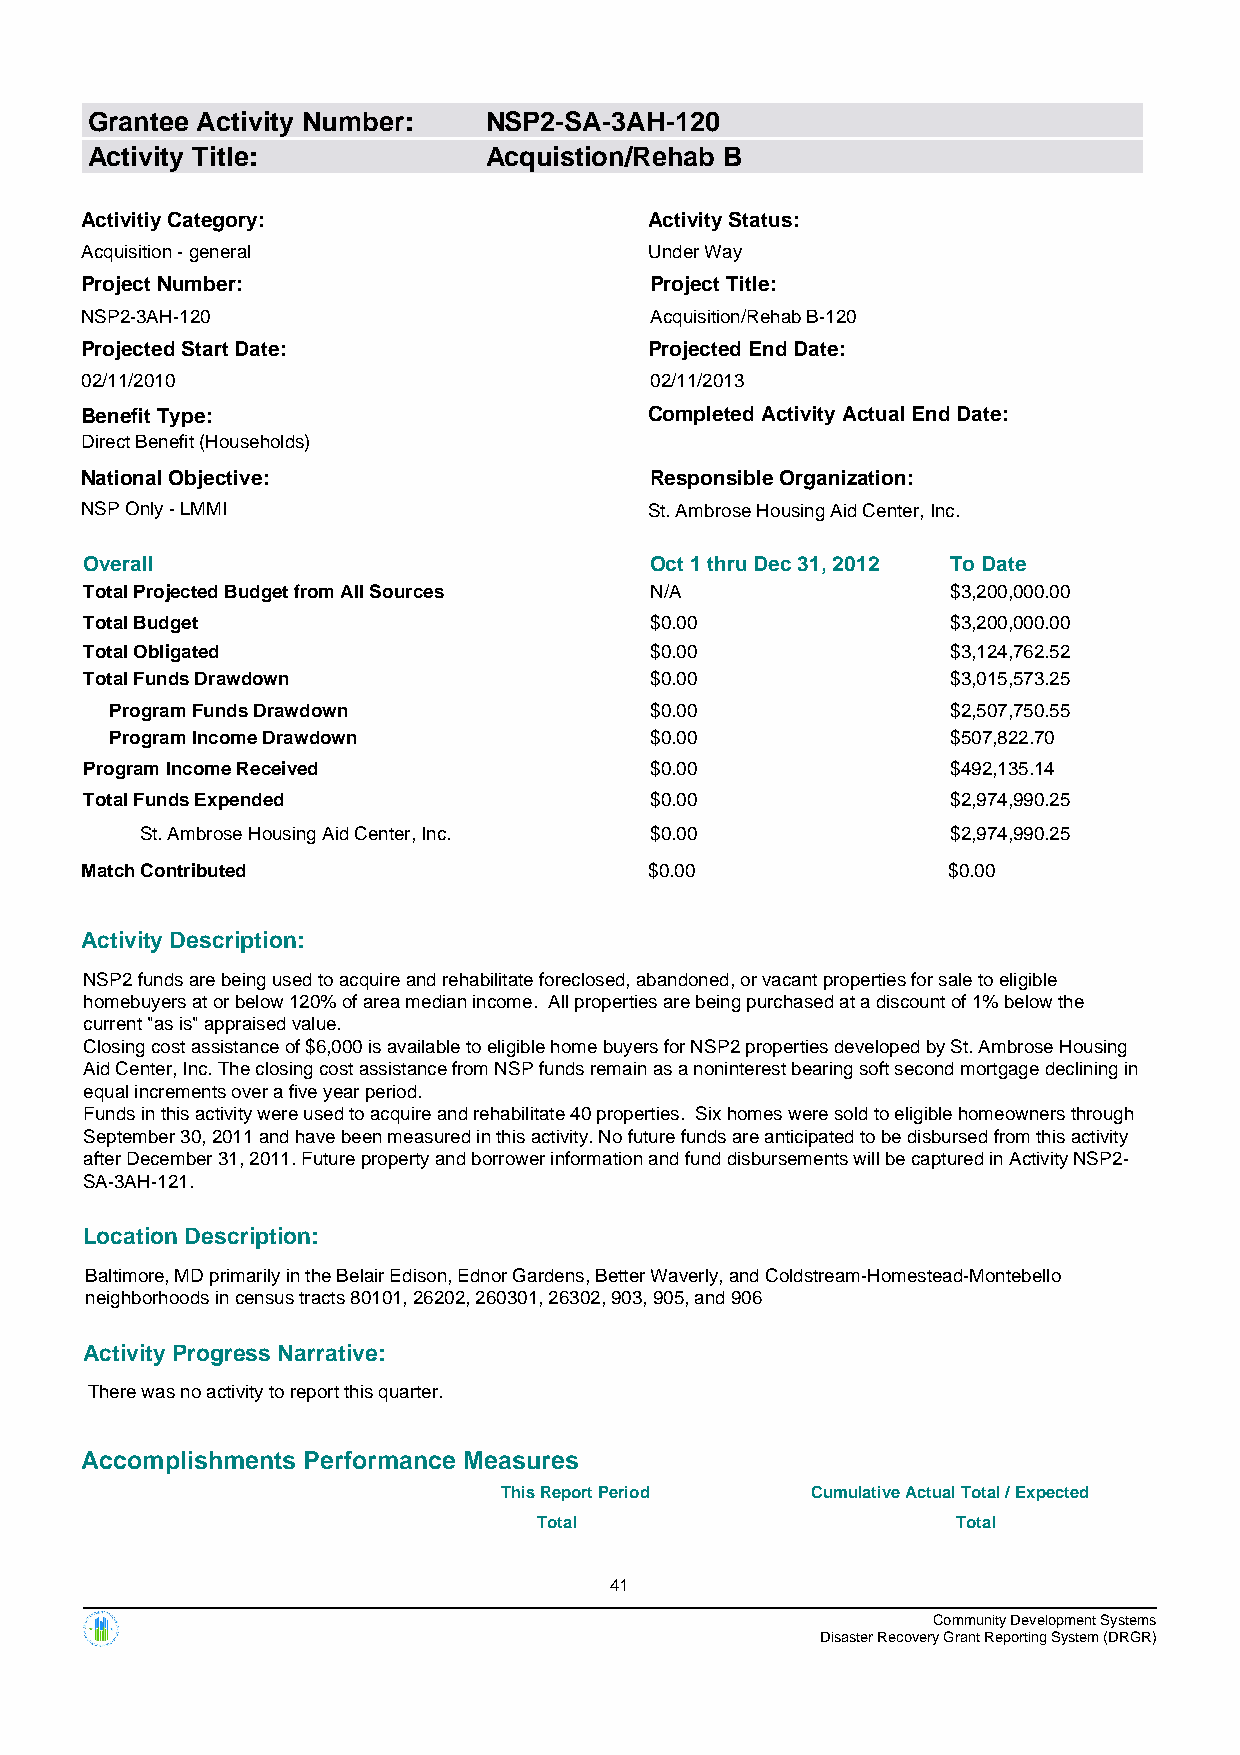
Grantee Activity Number:  NSP2-SA-3AH-120
 Activity Title:           Acquistion/Rehab B
 Activitiy Category:                   Activity Status:
 Acquisition - general                 Under Way
 Project Number:                       Project Title:
 NSP2-3AH-120                          Acquisition/Rehab B-120
 Projected Start Date:                 Projected End Date:
 02/11/2010                            02/11/2013
 Benefit Type:                         Completed Activity Actual End Date:
 Direct Benefit (Households)
 National Objective:                   Responsible Organization:
 NSP Only - LMMI                       St. Ambrose Housing Aid Center, Inc.
 Overall                              Oct 1 thru Dec 31, 2012 To Date
 Total Projected Budget from All Sources N/A              $3,200,000.00
 Total Budget                         $0.00               $3,200,000.00
 Total Obligated                      $0.00               $3,124,762.52
 Total Funds Drawdown                 $0.00               $3,015,573.25
 Program Funds Drawdown              $0.00               $2,507,750.55
 Program Income Drawdown             $0.00               $507,822.70
 Program Income Received              $0.00               $492,135.14
 Total Funds Expended                 $0.00               $2,974,990.25
 St. Ambrose Housing Aid Center, Inc. $0.00            $2,974,990.25
 Match Contributed                     $0.00               $0.00
 Activity Description:
 NSP2 funds are being used to acquire and rehabilitate foreclosed, abandoned, or vacant properties for sale to eligible
 homebuyers at or below 120% of area median income. All properties are being purchased at a discount of 1% below the
 current "as is" appraised value.
 Closing cost assistance of $6,000 is available to eligible home buyers for NSP2 properties developed by St. Ambrose Housing
 Aid Center, Inc. The closing cost assistance from NSP funds remain as a noninterest bearing soft second mortgage declining in
 equal increments over a five year period.
 Funds in this activity were used to acquire and rehabilitate 40 properties. Six homes were sold to eligible homeowners through
 September 30, 2011 and have been measured in this activity. No future funds are anticipated to be disbursed from this activity
 after December 31, 2011. Future property and borrower information and fund disbursements will be captured in Activity NSP2-
 SA-3AH-121.
 Location Description:
 Baltimore, MD primarily in the Belair Edison, Ednor Gardens, Better Waverly, and Coldstream-Homestead-Montebello
 neighborhoods in census tracts 80101, 26202, 260301, 26302, 903, 905, and 906
 Activity Progress Narrative:
 There was no activity to report this quarter.
 Accomplishments Performance Measures
 This Report Period   Cumulative Actual Total / Expected
 Total                      Total
 41
 Community Development Systems
 Disaster Recovery Grant Reporting System (DRGR)